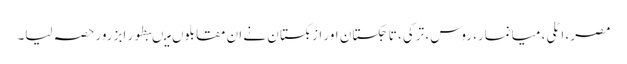
مصر، اٹلی، میانمار، روس، ترکی، تاجکستان اور ازبکستان نے ان مقابلوں میںبطور ابزرور حصہ لیا۔